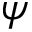
\psi